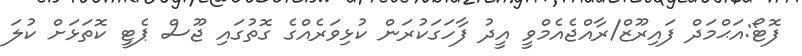
ފޮޓޯ:އަޙްމަދް ފައިރޫޒް/ރާއްޖެއެމްވީ އީދު ފާހަގަކުރަން ކުޅިވަރެއްގެ ގޮތުގައި ޖޫސް ޕެޓީ ކޮތަޅަށް ކުލަ